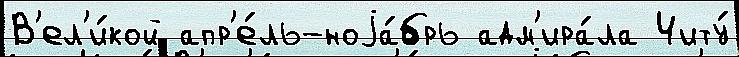
В'ел'и́кой апр'е́ль-ноjа́брь адм'ира́ла Читу́